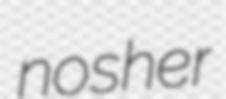
nosher